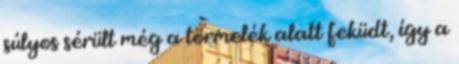
súlyos sérült még a törmelék alatt feküdt, így a